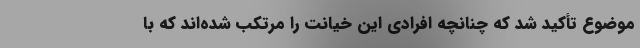
موضوع تأکید شد که چنانچه افرادی این خیانت را مرتکب شده‌اند که با